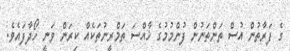
ގެ ފަރާތުން އުސް ތަންތަނުން ފުންމުމުގެ ޚާއްސަ ތަމްރީނުތަކެއް ކިރަން ވަނީ ހޯދާފައެވެ.